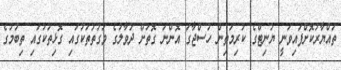
ތައްޔާރުކޮށްފައިވަނީ ޔުނިޓްގެ ކުރިމަތިން ހުސްޖާގަ އޮންނަ ގޮތަށް ދުވާލުގެ ވަގުތުތަކުގައި ގޮޅިތަކުގައި ތިބުމުގެ